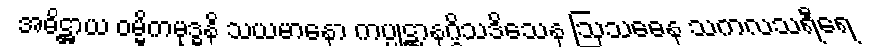
အဓိဋ္ဌာယ ဝမ္မိကမုဒ္ဓနိ သယမာနော ကပ္ပုဋ္ဌာနဂ္ဂိသဒိသေန ဩသဓေန သကလသရီရေ